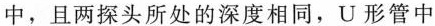
中，且两探头所处的深度相同，U形管中